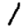
Digit: 1